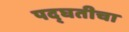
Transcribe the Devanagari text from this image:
पद्घतीचा